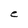
Character: e